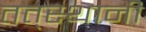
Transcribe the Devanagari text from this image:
तत्‌स्थानी